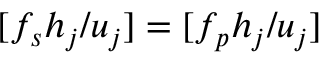
[ f _ { s } h _ { j } / u _ { j } ] = [ f _ { p } h _ { j } / u _ { j } ]